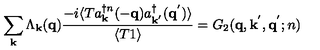
\sum _ { { \bf { k } } } \Lambda _ { { \bf { k } } } ( { \bf { q } } ) \frac { - i \langle T a _ { { \bf { k } } } ^ { \dagger n } ( - { \bf { q } } ) a _ { { \bf { k } } ^ { ' } } ^ { \dagger } ( { \bf { q } } ^ { ' } ) \rangle } { \langle T 1 \rangle } = G _ { 2 } ( { \bf { q } } , { \bf { k } } ^ { ' } , { \bf { q } } ^ { ' } ; n )